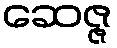
ဆေဇ္ဇ